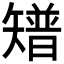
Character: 𥐅